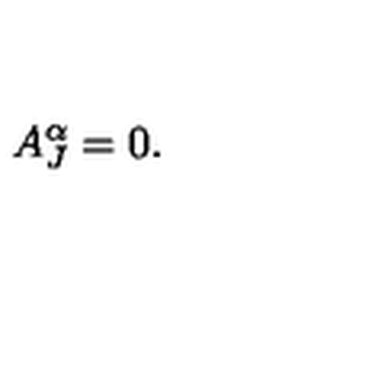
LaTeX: A _ { J } ^ { \alpha } = 0 .